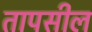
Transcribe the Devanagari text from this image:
तापसील